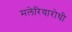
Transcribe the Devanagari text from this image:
मलेरियारोधी